Cholera in southern India
Disease focus: Cholera
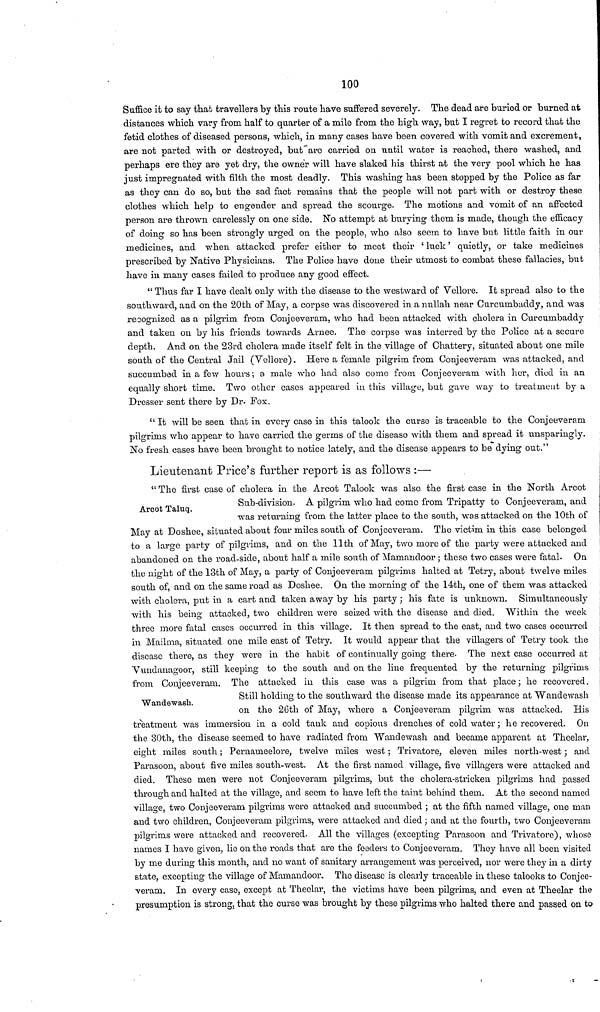
100
Suffice it to say that travellers by this route have suffered severely. The dead are "buried or burned at
distances which vary from half to quarter of a mile from the high way, but I regret to record that the
fetid clothes of diseased persons, which, in many cases have been covered with vomit and excrement,
are not parted with or destroyed, but are carried on until water is reached, there washed, and
perhaps ere they are yet dry, the owner will have slaked his thirst at the very pool which he has
just impregnated with filth the most deadly. This washing has been stopped by the Police as far
as they can do so, but the sad fact remains that the people will not part with or destroy these
clothes which help to engender and spread the scourge. The motions and vomit of an affected
person are thrown carelessly on one side. No attempt at burying them is made, though the efficacy
of doing so has been strongly urged on the people, who also seem to have but little faith in our
medicines, and when attacked prefer either to meet their 'luck' quietly, or take medicines
prescribed by Native Physicians. The Police have done their utmost to combat these fallacies, but
have in many cases failed to produce any good effect.
" Thus far I have dealt only with the disease to the westward of Vellore. It spread also to the
southward, and on the 20th of May, a corpse was discovered in a nullah near Curcumbaddy, and was
recognized as a pilgrim from Conjeeveram, who had been attacked with cholera in Curcumbaddy
and taken on by his friends towards Arnee. The corpse was interred by the Police at a secure
depth. And on the 23rd cholera made itself felt in the village of Ghattery, situated about one mile
south of the Central Jail (Vellore). Here a female pilgrim from Conjeeveram was attacked, and
succumbed in a few hours; a. male who had also come from Conjeeveram with her, died in an
equally short time. Two other cases appeared in this village, but gave way to treatment by a
Dresser sent there by Dr. Fox.
" It will be seen that in every case in this talook the curse is traceable to the Conjeeveram
pilgrims who appear to have carried the germs of the disease with them and spread it unsparingly.
No fresh cases have been brought to notice lately, and the disease appears to be dying out."
Arcot Taluq.
Lieutenant Price's farther report is as follows :—
" The first case of cholera in the Arcot Talook was also the first case in the North Arcot
Sub-division. A pilgrim who had come from Tripatty to Conjeeveram, and
was returning from the latter place to the south, was attacked on the 10th of
May at Doshee, situated about four miles south of Conjeeveram. The victim in this case belonged
to a large party of pilgrims, and on the 11th of May, two more of the party were attacked and
abandoned on the road-side, about half a mile south of Mamandoor ; these two cases were fatal. On
the night of the 13th of May, a party of Conjeeveram pilgrims halted at Tetry, about twelve miles
south of, and on the same road as Doshee. On the morning of the 14th, one of them was attacked
with cholera, put in a cart and taken away by his party ; his fate is unknown. Simultaneously
with his being attacked, two children were seized with the disease and died. Within the week
three more fatal cases occurred in this village. It then spread to the east, and two cases occurred
in Mailma, situated one mile east of Tetry. It would appear that the villagers of Tetry took the
disease there, as they were in the habit of continually going there. The next case occurred at
Vundanagoor, still keeping to the south and on the line frequented by the returning pilgrims
from Conjeeveram. The attacked in this case was a pilgrim from that place; he recovered.
Wandewash.
Still holding to the southward the disease made its appearance at Wandewash
on the 26th of May, where a Conjeeveram pilgrim was attacked. His
treatment was immersion in a cold tank and copious drenches of cold water; he recovered. On
the 30th, the disease seemed to have radiated from Wandewash and became apparent at Theelar,
eight miles south ; Pernameelore, twelve miles west ; Trivatore, eleven miles north-west ; and
Parasoon, about five miles south-west. At the first named village, five villagers were attacked and
died. These men were not Conjeeveram pilgrims, but the cholera-stricken pilgrims had passed
through and halted at the village, and scorn to have left the taint behind them. At the second named
village, two Conjeeveram pilgrims were attacked and succumbed ; at the fifth named village, one man
and two children, Conjeeveram pilgrims, were attacked and died ; and at the fourth, two Conjeeveram
pilgrims were attacked and recovered. All the villages (excepting Paraasoon and Trivatore), whose
names I have given, lie on the roads that are the feeders to Conjeeveram. They have all been visited
by me during this month, and no want of sanitary arrangement was perceived, nor were they in a dirty
state, excepting the village of Mamandoor. The disease is clearly traceable in these talooks to Conjee-
veram. In every case, except at Theclar, the victims have been pilgrims, and even at Theelar the
presumption is strong, that the curse was brought by these pilgrims who halted there and passed on to